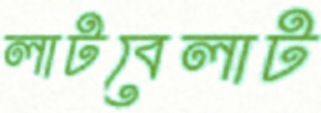
লাটবেলাট